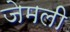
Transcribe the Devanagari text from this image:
जेमली